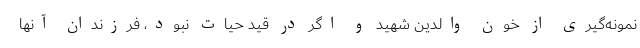
نمونه‌گیری از خون والدین شهید و اگر در قید حیات نبود، فرزندان آنها